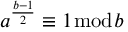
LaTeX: a ^ { \frac { b - 1 } { 2 } } \equiv 1 { \bmod { b } }